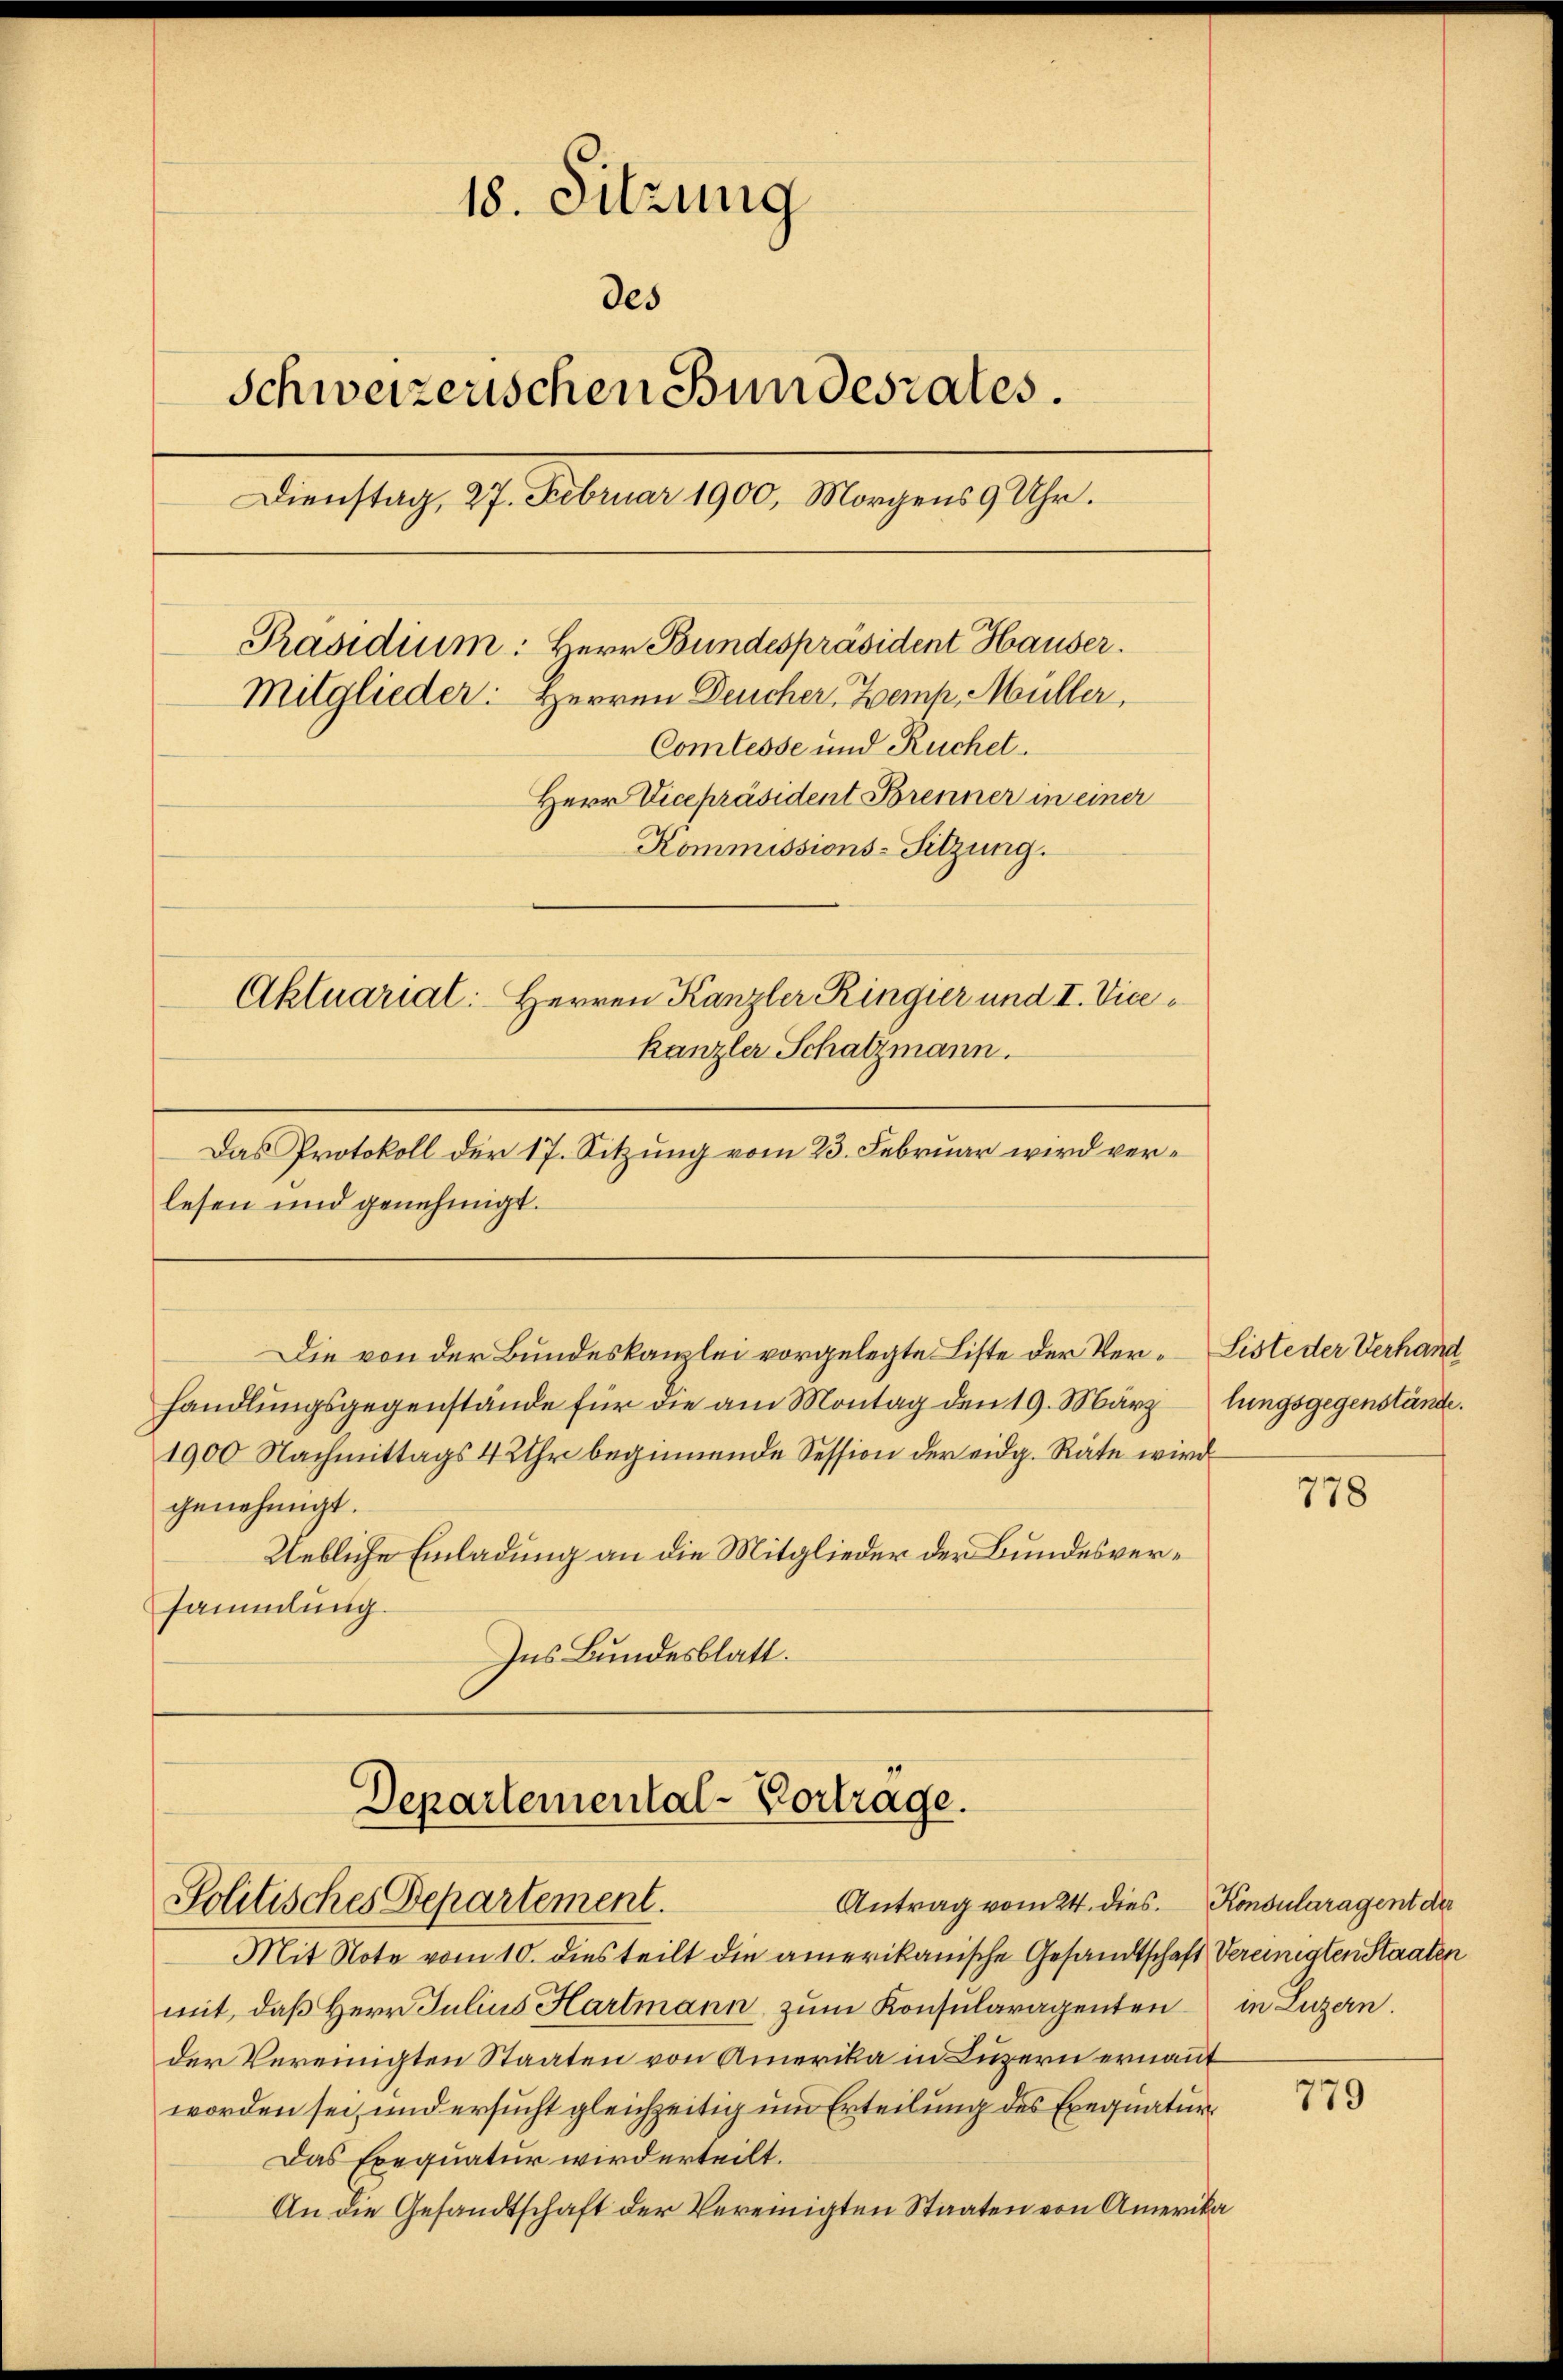
18. Sitzung
des
Schweizerischen Bundesrates.
Dienstag, 27. Februar 1900, Morgens 9 Uhr.
Präsidium: Herr Bundespräsident Hauser.
Mitglieder: Herren Deucher Zemp, Müller,
Comtesse und Ruchet.
Herr Vicepräsident Brenner in einer
Kommissions-Sitzung.
Aktuarial: Herren Kanzler Ringier und I. Vicekanzler Schatzmann.

Das Protokoll der 17. Sitzung vom 23. Februar wird verlesen und genehmigt.

1900 Nachmittags 4 Uhr beginnende Session der eidg. Räte wird
genehmigt.
Uebliche Einladung an die Mitglieder der Bundesversammlung.
Ins Bundesblatt.

Departemental-Vortrage.
Politisches Departement.

Mit Note vom 10. dies teilt die amerikanische Gesandtschaft Vereinigten Staaten
mit, daβ Herr Julius Hartmann zŭm Konsularagenten in Luzern.
der Vereinigten Staaten von Amerika in Luzern ernannt
worden sei, und ersucht gleichzeitig um Erteilung des Exequatur¬
Das Exequatur wird erteilt.
An die Gesandtschaft der Vereinigten Staaten von Amerika

Die von der Bundeskanzlei vorgelegte Liste der Verhandlungsgegenstände für die am Montag den 19. März

Antrag vom 24. dies. Konsularagent der

Listeder Verhand
lungsgegenstände.

778

779